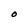
Character: O